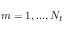
m = 1 , . . . , N _ { t }